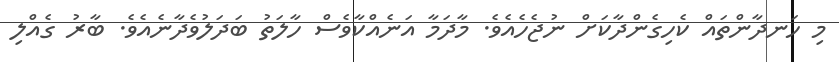
މި ހަނދާންތައް ކެހިގެންދާކަށް ނުޖެހެއެވެ. މާދަމާ އަނެއްކާވެސް ހާލަތު ބަދަލުވެދާނެއެވެ. ބާރު ގެއްލި